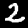
Label: 2